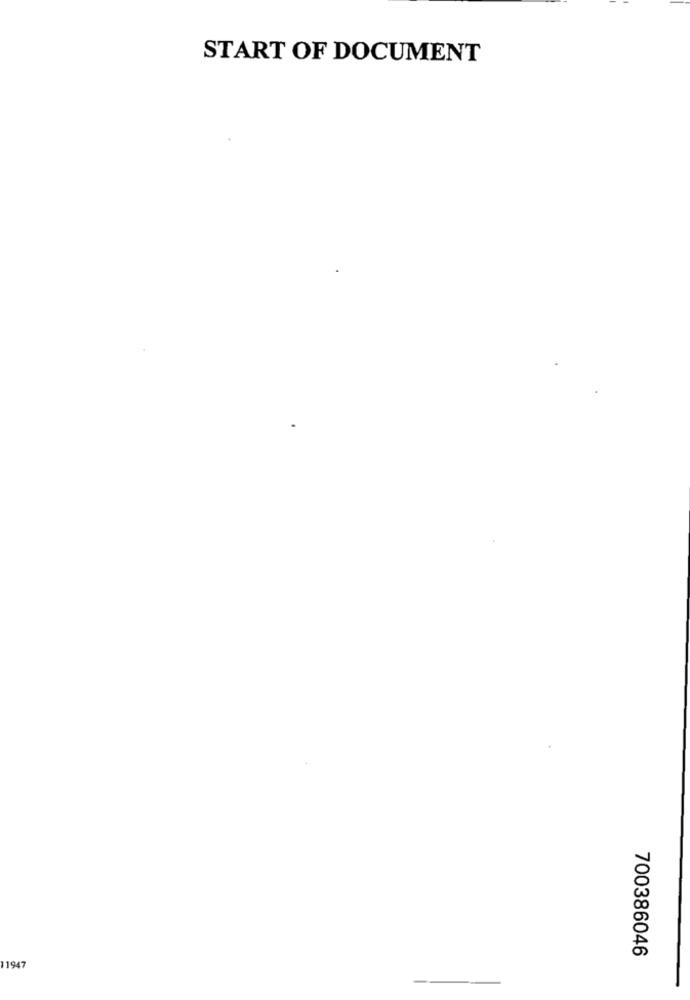
START OF DOCUMENT
50
5
700386046
11947